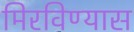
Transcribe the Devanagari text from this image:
मिरविण्यास